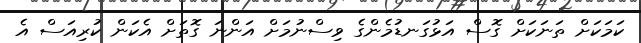
ކަމަކަށް ތަނަކަށް ގޮސް އަޅުގަނޑުމެންގެ ވިސްނުމަށް އަންނަ ގޮތަށް އެކަން ކުރިއަސް އެ